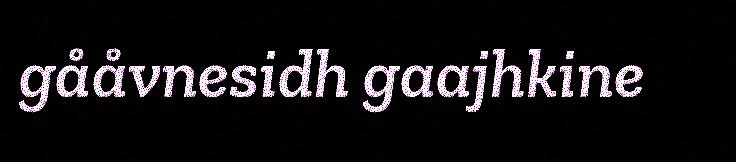
gååvnesidh gaajhkine